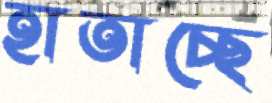
হাতাচ্ছে